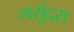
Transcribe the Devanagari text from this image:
लसुंदरा